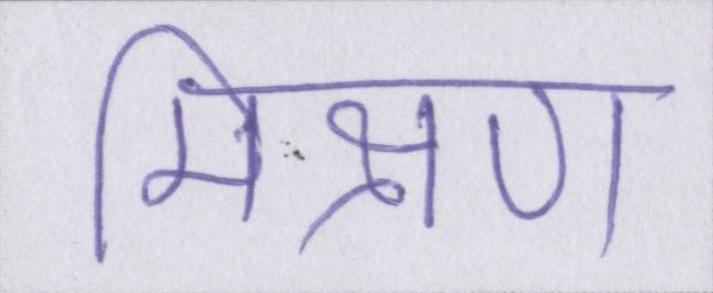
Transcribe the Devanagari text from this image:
मिश्रण